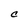
Character: C